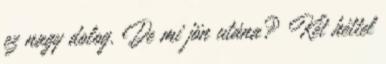
ez nagy dolog. De mi jön utána? Két héttel